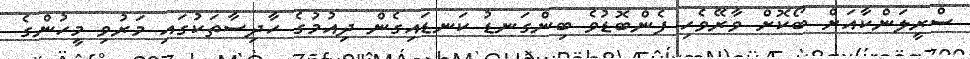
ސްރީލަންކާއަށް ބޯކޮށް ވާރޭވެހި ފެންބޮޑުވެ ބިންގަނޑު ކަނޑައިގެން ދިއުމުގެ ހާދިސާތަކުގައި މަރުވި މީހުންގެ